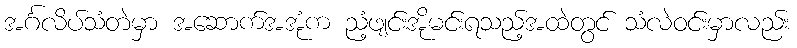
အင်္ဂလိပ်သံတဲမှာ အဆောက်အအုံက ညံ့ဖျင်းအိုမင်းရသည့်အထဲတွင် သံလဲဝင်းမှာလည်း